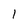
Character: 1